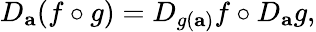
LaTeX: D_{\mathbf{a}}(f\circ g)=D_{g(\mathbf{a})}f\circ D_{\mathbf{a}}g,